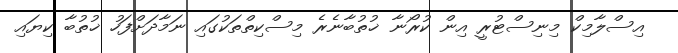
އިސްލާމިކް މިނިސްޓުރީ އިން ކުރޯނާ ޚުތުބާނެރެ މިސްކިތްތަކުގައި ނަމާދަށްފަހު ޚުތުބާ ކިޔައި